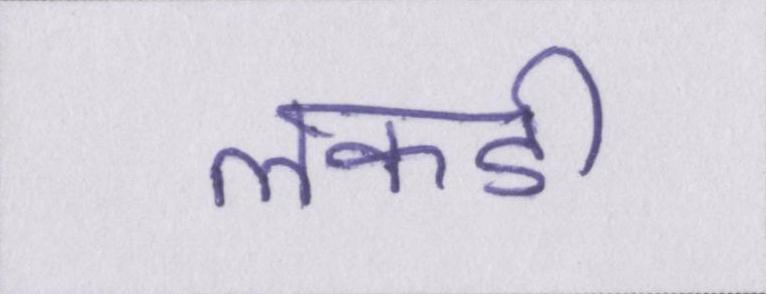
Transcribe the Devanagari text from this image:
लकडी